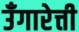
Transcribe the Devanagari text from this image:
उँगारेत्ती